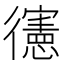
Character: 𢖘